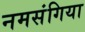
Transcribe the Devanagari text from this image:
नमसंगिया